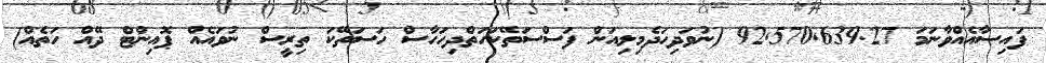
ފައިސާއެއްވާނަމަ 92